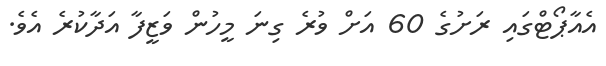
އެއާޕޯޓްގައި ރަށުގެ 60 އަށް ވުރެ ގިނަ މީހުން ވަޒީފާ އަދާކުރެ އެވެ.